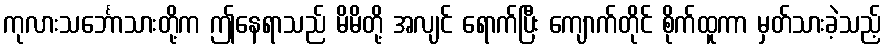
ကုလားသင်္ဘောသားတို့က ဤနေရာသည် မိမိတို့ အလျင် ရောက်ပြီး ကျောက်တိုင် စိုက်ထူကာ မှတ်သားခဲ့သည့်